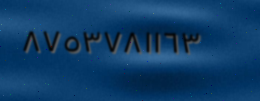
٨٧٥٣٧٨١١٦٣